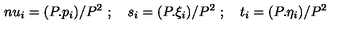
\, n u _ { i } = ( P . p _ { i } ) / P ^ { 2 } \ ; \quad s _ { i } = ( P . \xi _ { i } ) / P ^ { 2 } \ ; \quad t _ { i } = ( P . \eta _ { i } ) / P ^ { 2 }